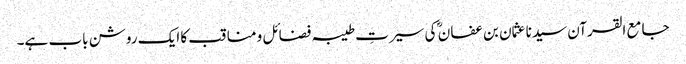
جامع القرآن سیدنا عثمان بن عفان ؓ کی سیرتِ طیبہ فضائل و مناقب کا ایک روشن باب ہے۔